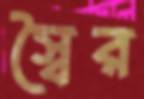
স্বৈর